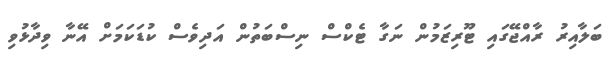
ބަލާއިރު ރާއްޖޭގައި ޓޫރިޒަމުން ނަގާ ޓެކްސް ނިސްބަތުން އަދިވެސް ކުޑަކަމަށް އޭނާ ވިދާޅުވި